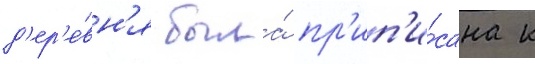
д'ер'е́вн'я была́ пр'ип'и́сана к